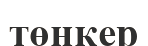
төңкер